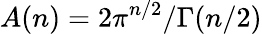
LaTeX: A(n)=2\pi^{n/2}/\Gamma(n/2)